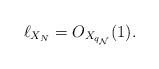
LaTeX: \begin{align*} \ell_{X_{N}}=O_{X_{q_{\mathcal{N}}}}(1).\end{align*}